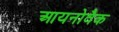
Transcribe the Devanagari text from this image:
आयनोवैक